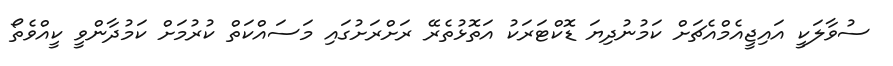
ސުވާލަކީ އައިޖީއެމްއެޗަށް ކަމުނުދިޔަ ޑޮކްޓަރަކު އަތޮޅުތެރޭ ރަށްރަށުގައި މަސައްކަތް ކުރުމަށް ކަމުދާންވީ ކީއްވެތޯ